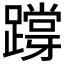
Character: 𨅝